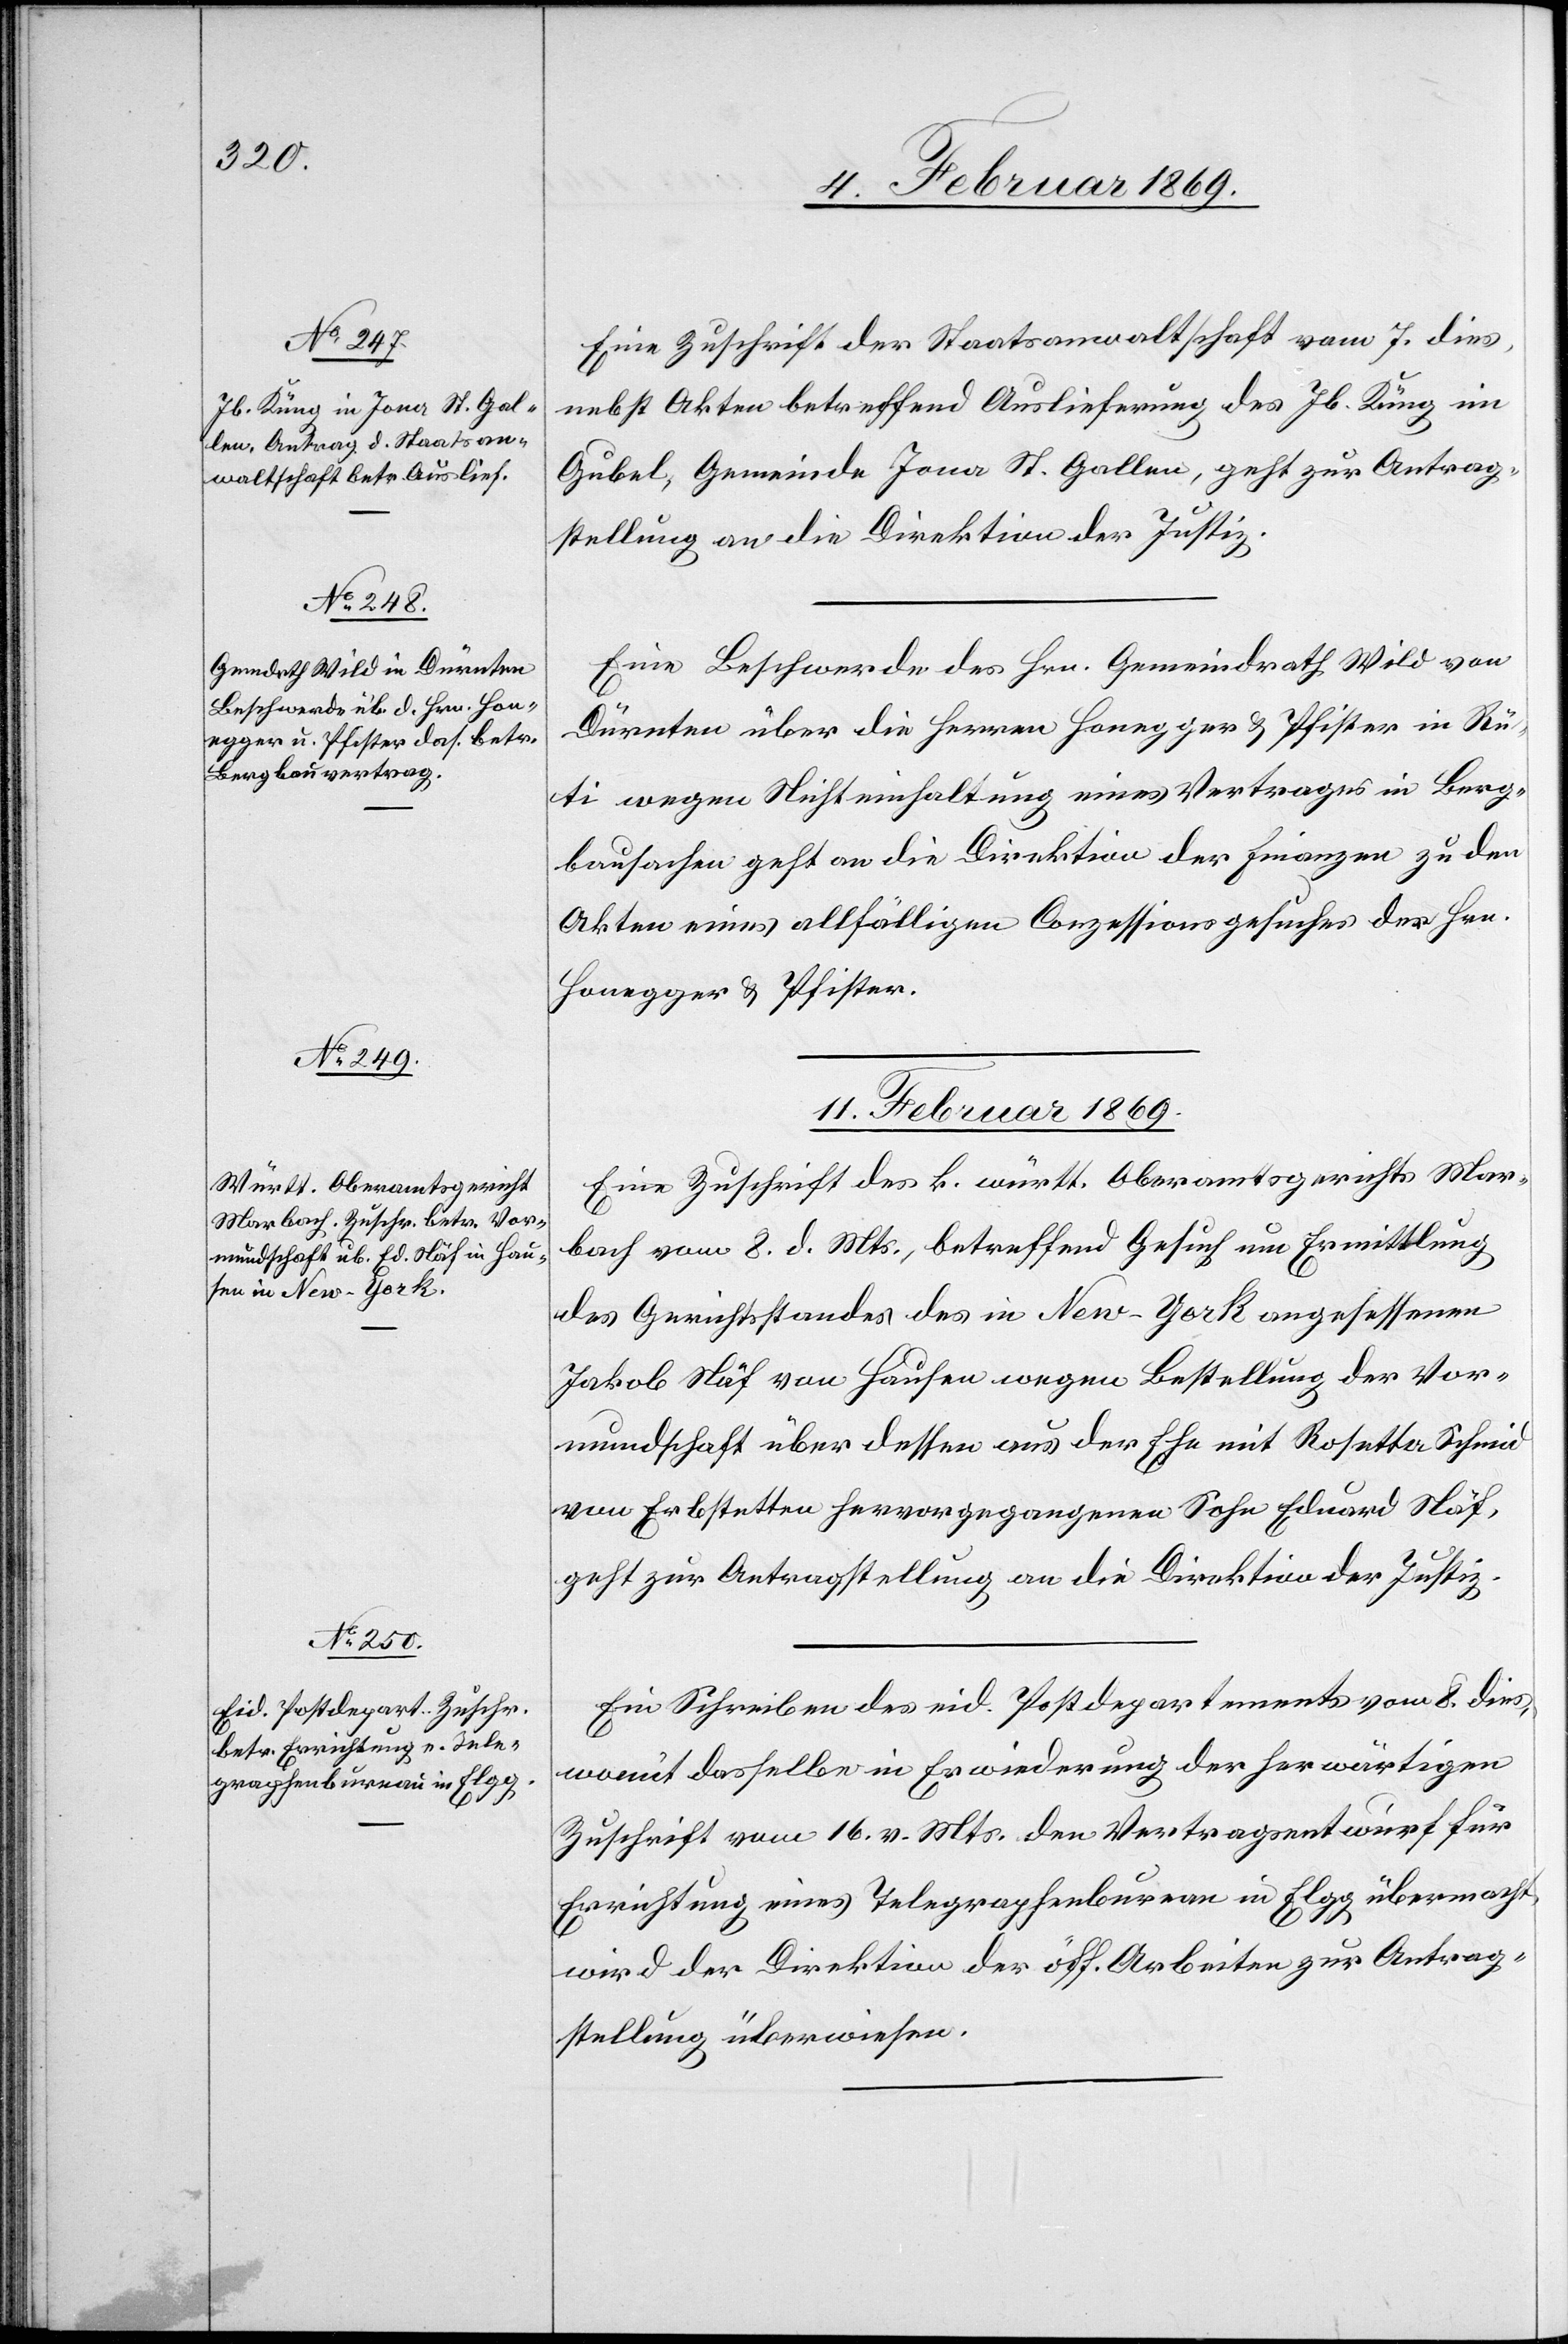
11. Februar 1869.]
Eine Zuschrift der Staatsanwaltschaft vom 7. dies,
nebst den Akten betreffend Auslieferung des Jb. Küng in
Gubel, Gemeinde Jona St. Gallen, geht zur Antrag¬
stellung an die Direktion der Justiz.
Eine Beschwerde des Hrn. Gemeindrath Wild von
Dürnten über die Herren Honegger u. Pfister in Rü¬
ti wegen Nichteinhaltung eines Vertrages in Berg¬
bausachen geht an die Direktion der Finanzen zu den
Akten eines allfälligen Conzessionsgesuches der Hrn.
Honegger u. Pfister.
11. Februar 1869.
Eine Zuschrift des k. württ. Oberamtsgerichtes Mar¬
bach vom 8. d. Mts., betreffend Gesuch um Ermittlung
des Gerichtsstandes des in New-York angesessenen
Jakob Näf von Hausen wegen Bestellung der Vor¬
mundschaft über dessen aus der Ehe mit Rosetta Schmid
von Erbstetten hervorgegangenen Sohn Eduard Näf,
geht zur Antragstellung an die Direktion der Justiz.
Ein Schreiben des eid. Postdepartements vom 8. dies,
womit dasselbe in Erwiederung der herwärtigen
Zuschrift vom 16. v. Mts. den Vertragsentwurf für
Errichtung eines Telegraphenbureau in Elgg übermacht,
wird der Direktion der öff. Arbeiten zur Antrag¬
stellung überwiesen.